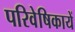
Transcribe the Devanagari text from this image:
परिवेषिकायें